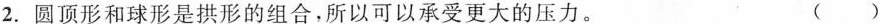
2.圆顶形和球形是拱形的组合，所以可以承受更大的压力。 ()